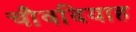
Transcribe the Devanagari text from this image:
चौवदियाह